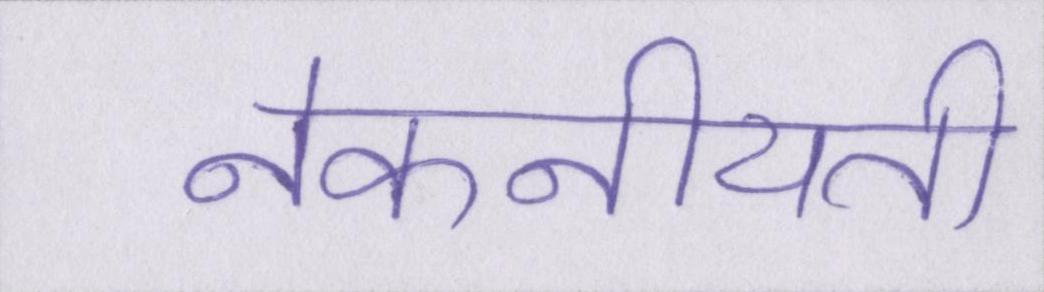
नेकनीयती